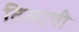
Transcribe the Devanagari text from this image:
तिळाची